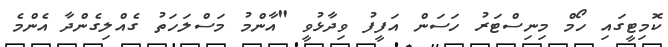
ކޮމިޓީގައި ހޯމް މިނިސްޓަރު ހަސަން އަފީފު ވިދާޅުވީ "އާންމު މަސްލަހަތު ގެއްލިގެންދާ އެންމެ